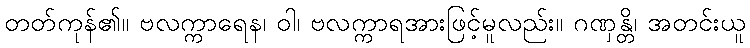
တတ်ကုန်၏။ ဗလက္ကာရေန၊ ဝါ၊ ဗလက္ကာရအားဖြင့်မူလည်း။ ဂဏှန္တိ၊ အတင်းယူ